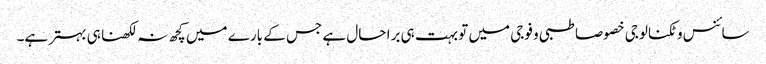
سائنس و ٹکنالوجی خصوصا طبی و فوجی میں تو بہت ہی برا حال ہے جس کے بارے میں کچھ نہ لکھنا ہی بہتر ہے۔